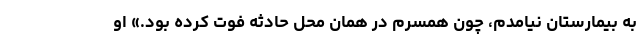
به بیمارستان نیامدم، چون همسرم در همان محل حادثه فوت کرده بود.» او